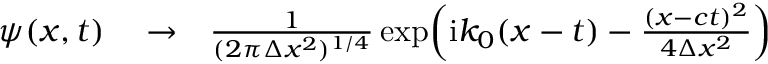
\begin{array} { r l r } { \psi ( x , t ) } & { { } \to } & { \frac { 1 } { ( 2 \pi \Delta x ^ { 2 } ) ^ { 1 / 4 } } \exp \! \left( \mathrm { i } k _ { 0 } ( x - t ) - \frac { ( x - c t ) ^ { 2 } } { 4 \Delta x ^ { 2 } } \right) } \end{array}